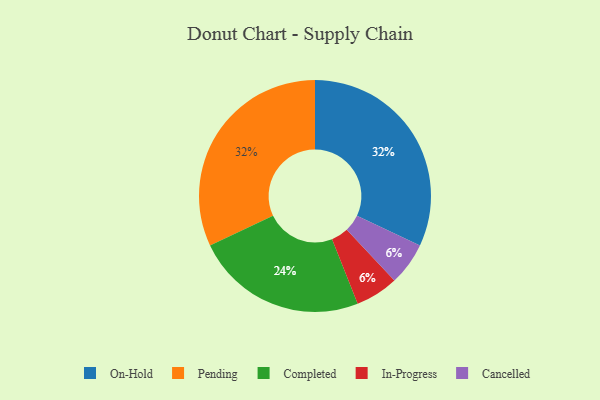
{"axis": {"x": "Category", "y": "Percentage"}, "legend": ["Cancelled", "Completed", "In-Progress", "On-Hold", "Pending"], "data": [{"x": "On-Hold", "y": 32, "type": "On-Hold"}, {"x": "Pending", "y": 32, "type": "Pending"}, {"x": "In-Progress", "y": 6, "type": "In-Progress"}, {"x": "Completed", "y": 24, "type": "Completed"}, {"x": "Cancelled", "y": 6, "type": "Cancelled"}]}